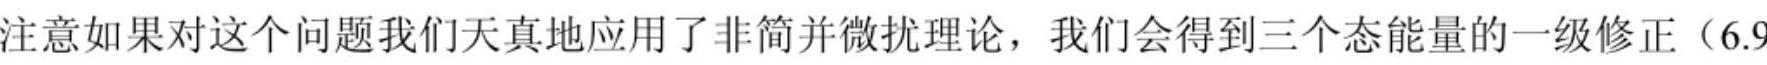
注意如果对这个问题我们天真地应用了非简并微扰理论，我们会得到三个态能量的一级修正（6.9